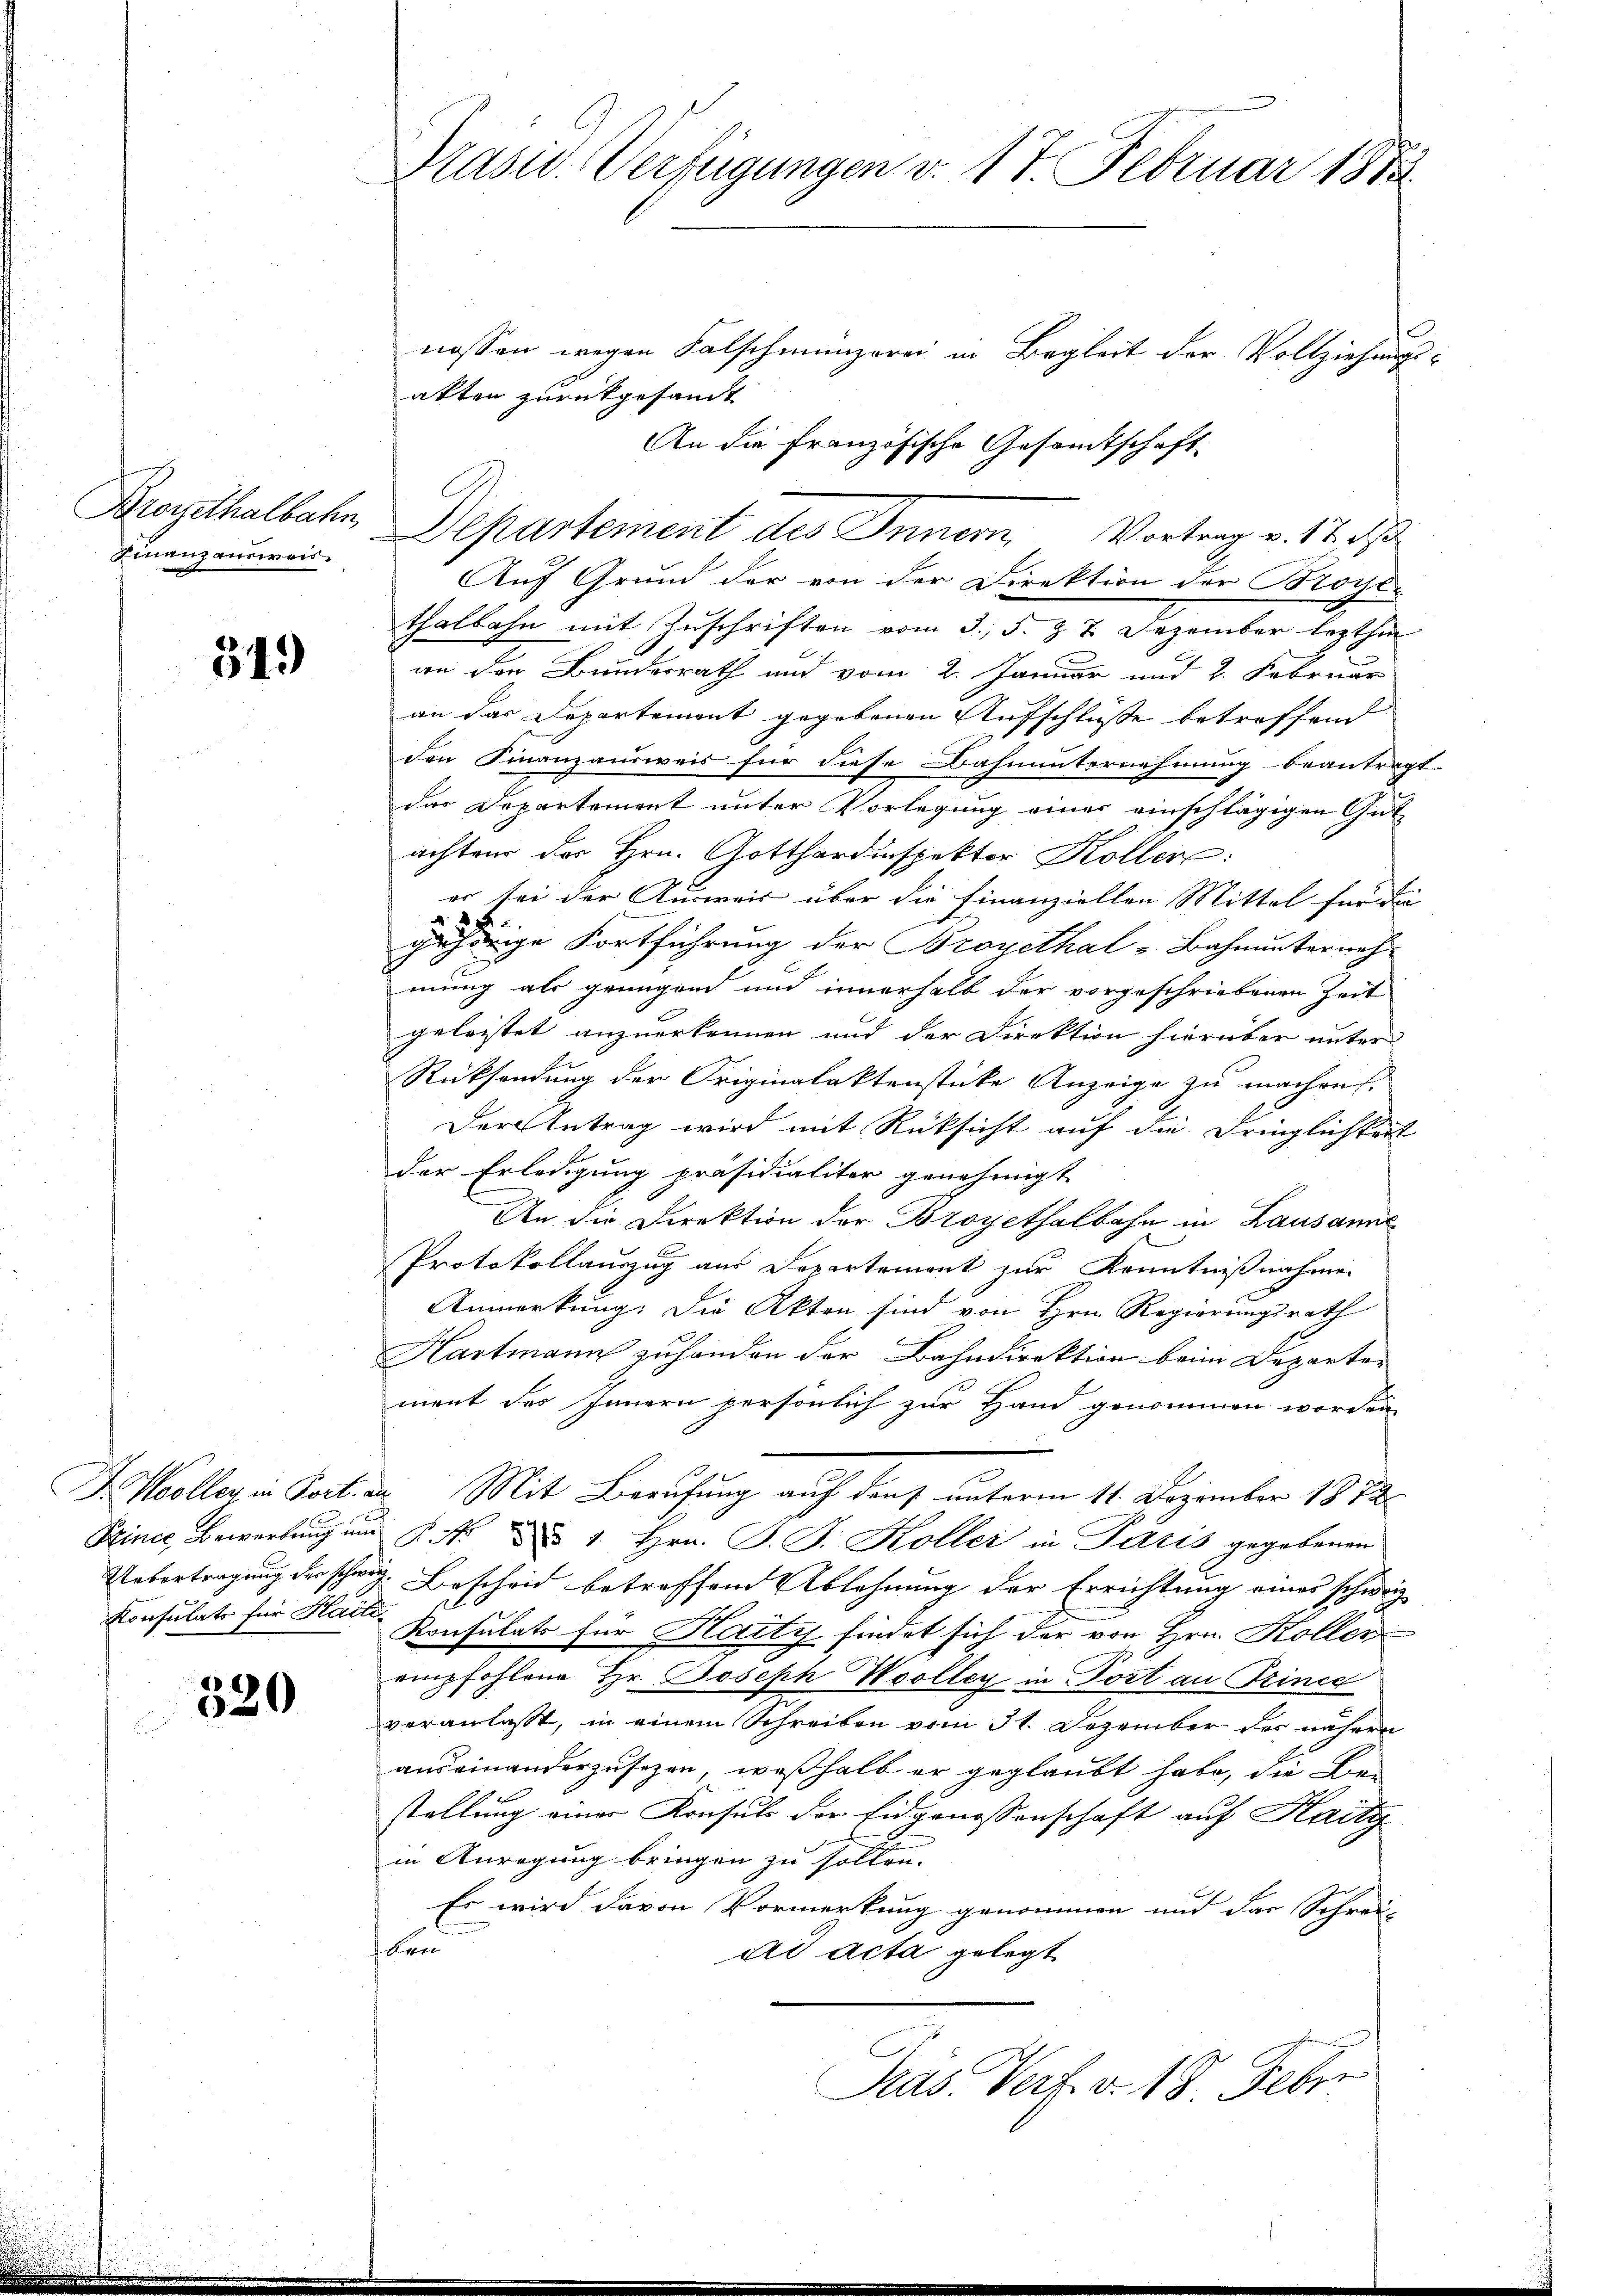
Broyethalbahn,
Finanzauswei¬

349

520

Präsid. Verfügungen v. 17. Februar 1883

nossen wegen Falschmunzerei in Begleit der Vollziehungsakten zurückgesandt
An die französische Gesandtschaft
Auf Grund der von der Direktion der Brochte
thalbahn mit Zuschriften vom 3. 5. §. 7. Dezember lezthin
an den Bundesrath auf vom 2. Januar und 2. Februar
an das Departement gegebenen Aufschlüsse betreffend
den Finanzausweis für diese Dahnunternehmung beantragt
das Departement unter Vorlegung einer einschlägigen Gut
ächten der Hrn. Gotthardinspektor Kollere:
er bei der Ausweis über die Finanziellen Mittel für die
gehörige Fortführung der Broyethal-Bahnunternah
mung als genügend und innerhalb der vorgeschriebenen Zeit
geleistet anzuerkennen und der Direktion hierüber unter
Rücksendung der Originalaktenstücke Anzeige zu machen.
Der Antrag wird mit Rücksicht auf die Dringlichkeit
der Erledigung präsidialiter genehmigt
An die Direktion der Broyethalbahn in Lausanne
Protokollauszug aus Departement zur Kenntnißnahmen
Anmerkung: Die Akten sind von Hrn. Regierungsrath
Hartmann zuhanden der Bahndirektion beim Departer
ment des Innern persönlich zur Hand genommen worden,
Fr. Woller in Port. an Mit Berufung auf den unterm 11. Dezember 1872
Since, Bewerbung und P. Nr. 1. Hrn. J. J. Koller in Paris gegebenen
Uebertragung der schung. Bescheid betreffend Ablehnung der Errichtung eines schweiz
Konsulats für Haus Konsulats für Haity findet sich der von Hrn. Koller
empfohlene Hr. Joseph Woolleg in Fort an Trince
veranlasst, in einem Schreiben vom 31. Dezember der nähern
auseinanderzusezen, weßhalb er geglaubt habe, die Be-
stellung einer Konsuls der Eidgenossenschaft auf Haity
in Anregung bringen zu sollen.
Es wird davon Vormerkung genommen und das Schrei-
den
ad acta gelegt
Präs. Verf. v. 18. Feber

Departement des Innern, Vortrag v. 18. ds